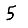
Digit: 5